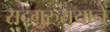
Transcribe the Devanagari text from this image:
सदगुरुरायानें